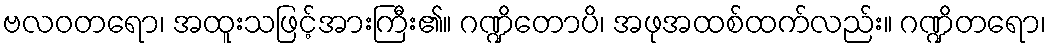
ဗလဝတရော၊ အထူးသဖြင့်အားကြီး၏။ ဂဏ္ဍိတောပိ၊ အဖုအထစ်ထက်လည်း။ ဂဏ္ဍိတရော၊